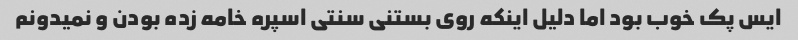
ایس پک خوب بود اما دلیل اینکه روی بستنی سنتی اسپره خامه زده بودن و نمیدونم